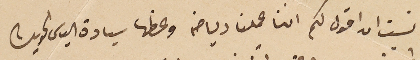
نسيت ان اقول لكم اننا عملنا رياضة وعظها سيادة الياس الحويك